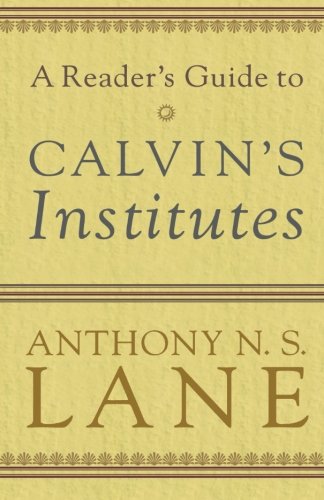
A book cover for A Reader's Guide to Calvin's Institutes; Anthony N. S. Lane; Christian Books & Bibles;